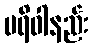
ပရိဝါနည်း